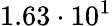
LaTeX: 1.63\cdot 10^{1}